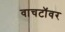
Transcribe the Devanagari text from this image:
वाचटॉवर